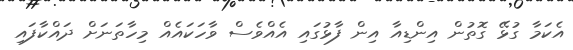
އެކަމާ ގުޅޭ ގޮތުން އިންޑިއާ އިން ފާޅުގައި އެއްވެސް ވާހަކައެއް މިހާތަނަށް ދައްކާފައި